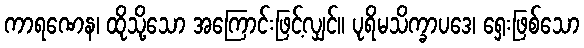
ကာရဏေန၊ ထိုသို့သော အကြောင်းဖြင့်လျှင်။ ပုရိမသိက္ခာပဒေ၊ ရှေးဖြစ်သော